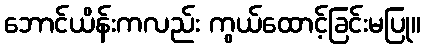
ဘောင်ယိန်းကလည်း ကွယ်ထောင့်ခြင်းမပြု။